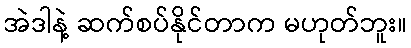
အဲဒါနဲ့ ဆက်စပ်နိုင်တာက မဟုတ်ဘူး။